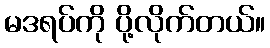
မဒရပ်ကို ပို့လိုက်တယ်။